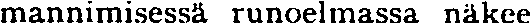
mannimisessä runoelmassa näkee